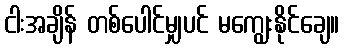
ငါးအချိန် တစ်ပေါင်မျှပင် မကျွေးနိုင်ချေ။